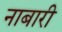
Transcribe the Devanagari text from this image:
नाबारी